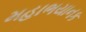
મહાભયાનક